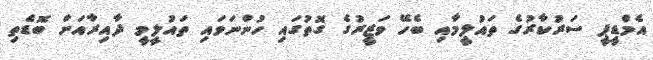
އެމްޑީޕީ ސަރުކާރުގެ ތައުލީމާއި ބެހޭ ވަޒީރުގެ ގޮތުގައި ހުންނަވައި ތައުލީމީ ދާއިރާއަށް ބޮޑެތި